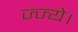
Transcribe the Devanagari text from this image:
ज्ज्ये।